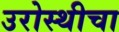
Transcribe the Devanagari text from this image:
उरोस्थीचा